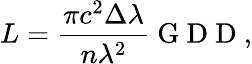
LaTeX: L=\frac{\pi c^{2}\Delta\lambda}{n\lambda^{2}}\mathrm{~G~D~D~},